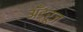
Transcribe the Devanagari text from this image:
अँड्रूज